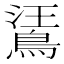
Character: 𪁘